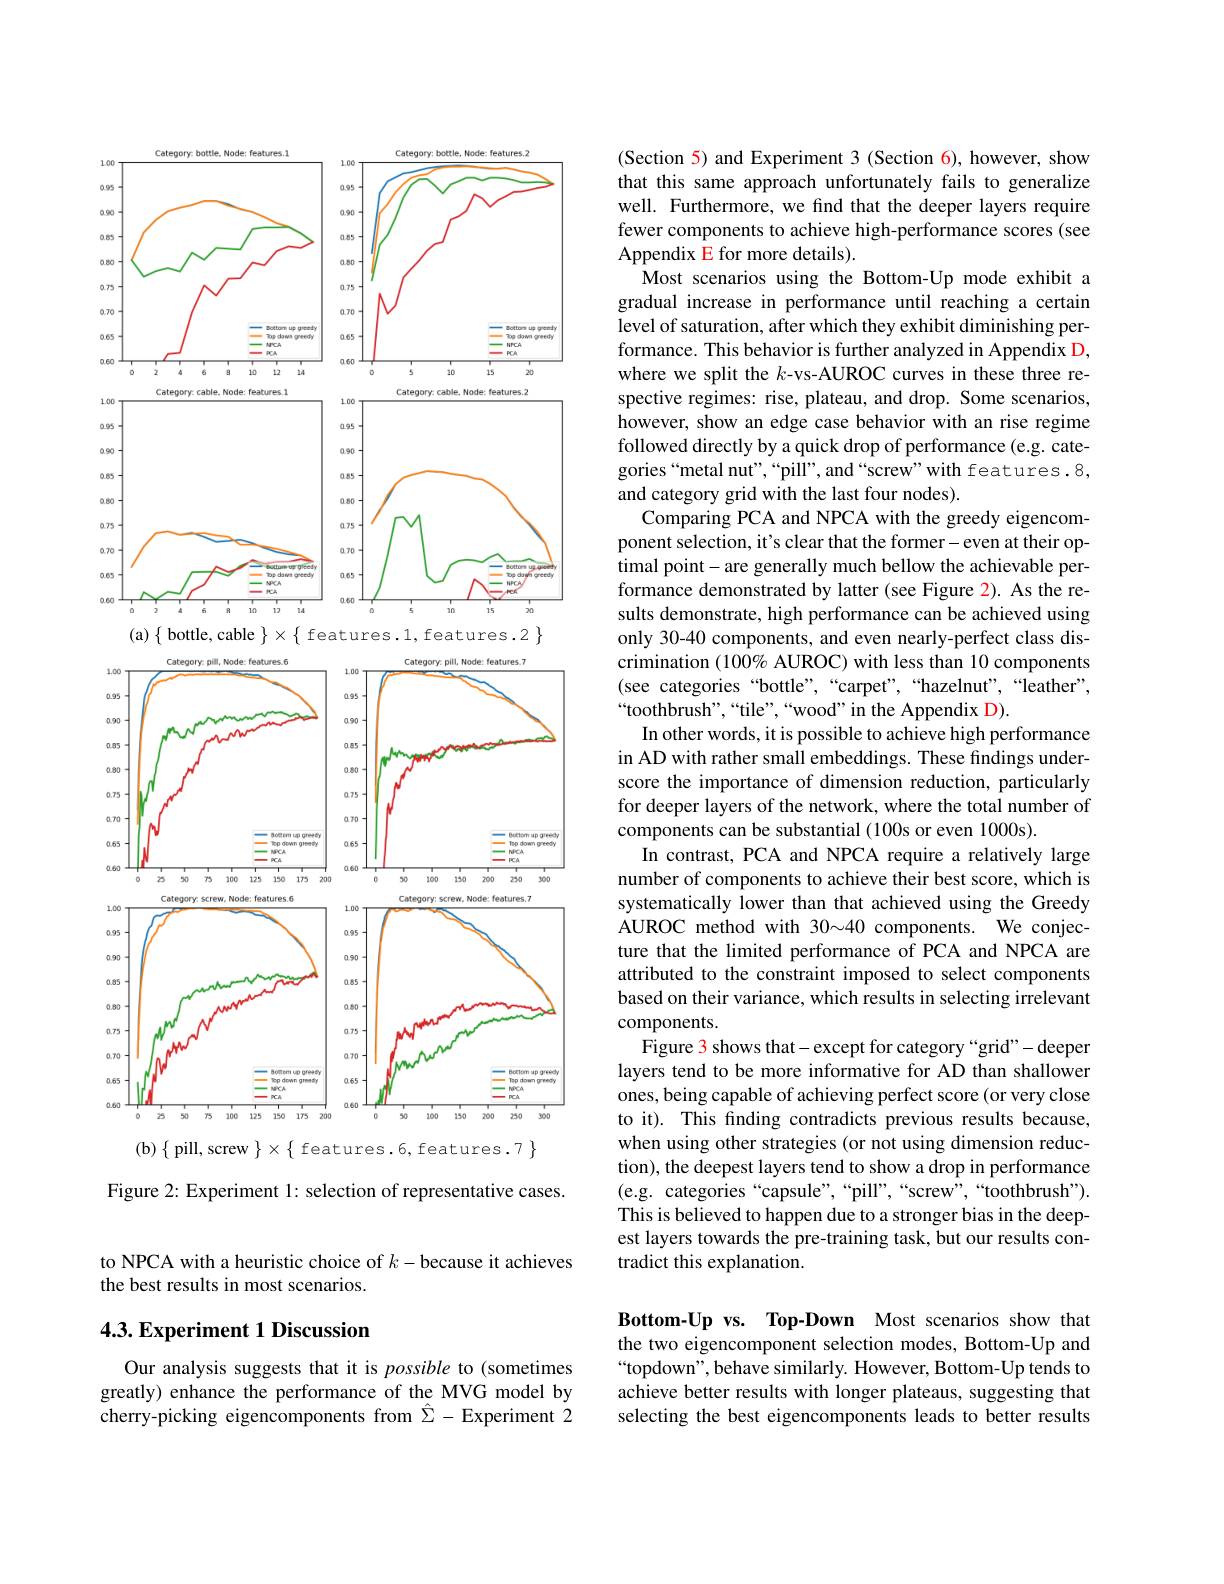
<FigureHere>

Figure 2: Experiment 1: selection of representative cases.

to NPCA with a heuristic choice of $k-$because it achieves
the best results in most scenarios.

### 4.3. Experiment 1 Discussion

Our analysis suggests that it is possible to (sometimes greatly) enhance the performance of the MVG model by cherry-picking eigencomponents from $\hat{\Sigma}-$Experiment $\hat{2}$

(Section 5) and Experiment 3 (Section 6), however, show that this same approach unfortunately fails to generalize well. Furthermore, we find that the deeper layers require fewer components to achieve high-performance scores (see Appendix E for more details).
Most scenarios using the Bottom-Up mode exhibit a gradual increase in performance until reaching a certain ${\mathrm{~level~of~saturation,~after~which~they~exhibit~diminishing~per-}}$ formance. This behavior is further analyzed in Appendix D, where we split the $k$-vs-AUROC curves in these three respective regimes: rise, plateau, and drop. Some scenarios, however, show an edge case behavior with an rise regime followed directly by a quick drop of performance (e.g. categories“metal nut",“pill”, and“screw”with features.8, and category grid with the last four nodes).
Comparing PCA and NPCA with the greedy eigencomponent selection, it's clear that the former-even at their optimal point- are generally much bellow the achievable performance demonstrated by latter (see Figure 2). As the results demonstrate, high performance can be achieved using only 30-40 components, and even nearly-perfect class discrimination (100% AUROC) with less than 10 components (see categories“bottle”,“carpet”,“hazelnut”,“leather”, $“$toothbrush",“tile”,“wood”in the Appendix D).
In other words, it is possible to achieve high performance in AD with rather small embeddings. These findings underscore the importance of dimension reduction, particularly for deeper layers of the network, where the total number of components can be substantial (100s or even 1000s).
In contrast, PCA and NPCA require a relatively large number of components to achieve their best score, which is systematically lower than that achieved using the Greedy $\dot{\text{AUROC method with 30}}{\sim}40$components.We conjecture that the limited performance of PCA and NPCA are attributed to the constraint imposed to select components based on their variance, which results in selecting irrelevant components.
Figure 3 shows that- except for category “grid"- deeper layers tend to be more informative for AD than shallower ones, being capable of achieving perfect score (or very close to it). This fnding contradicts previous results because, when using other strategies (or not using dimension reduction), the deepest layers tend to show a drop in performance (e.g. categories“capsule”,“pill”,“screw”,“toothbrush”). This is believed to happen due to a stronger bias in the deepest layers towards the pre-training task, but our results contradict this explanation.

Bottom-Up vs. Top-Down Most scenarios show that the two eigencomponent selection modes, Bottom-Up and “topdown”, behave similarly. However, Bottom-Up tends to achieve better results with longer plateaus, suggesting that selecting the best eigencomponents leads to better results